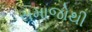
સમાજોથી